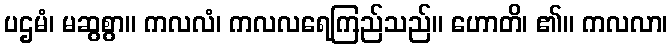
ပဌမံ၊ မဆွစွာ။ ကလလံ၊ ကလလရေကြည်သည်။ ဟောတိ၊ ၏။ ကလလာ၊